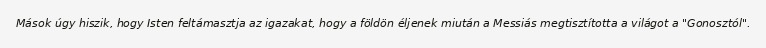
Mások úgy hiszik, hogy Isten feltámasztja az igazakat, hogy a földön éljenek miután a Messiás megtisztította a világot a "Gonosztól".